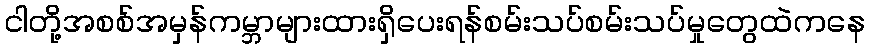
ငါတို့အစစ်အမှန်ကမ္ဘာများထားရှိပေးရန်စမ်းသပ်စမ်းသပ်မှုတွေထဲကနေ